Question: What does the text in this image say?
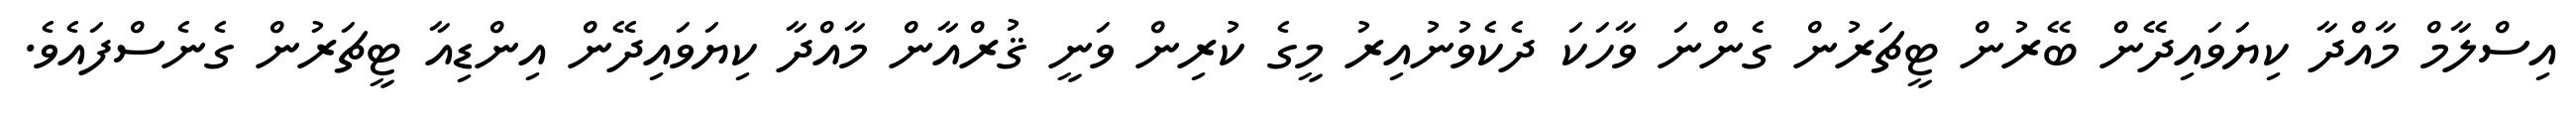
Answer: އިސްލާމް މާއްދާ ކިޔަވައިދޭން ބޭރުން ޓީޗަރުން ގެންނަ ވާހަކަ ދެކެވުނުއިރު މީގެ ކުރިން ވަނީ ޤުރްއާން މާއްދާ ކިޔަވައިދޭން އިންޑިއާ ޓީޗަރުން ގެނެސްފައެވެ.